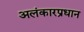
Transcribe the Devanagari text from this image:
अलंकारप्रधान